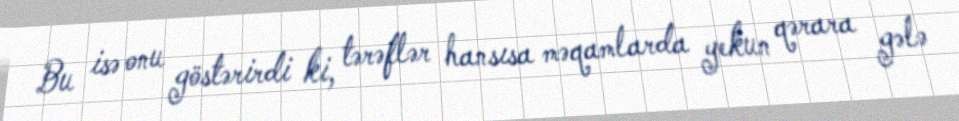
Bu isə onu göstərirdi ki, tərəflər hansısa məqamlarda yekun qərara gələ